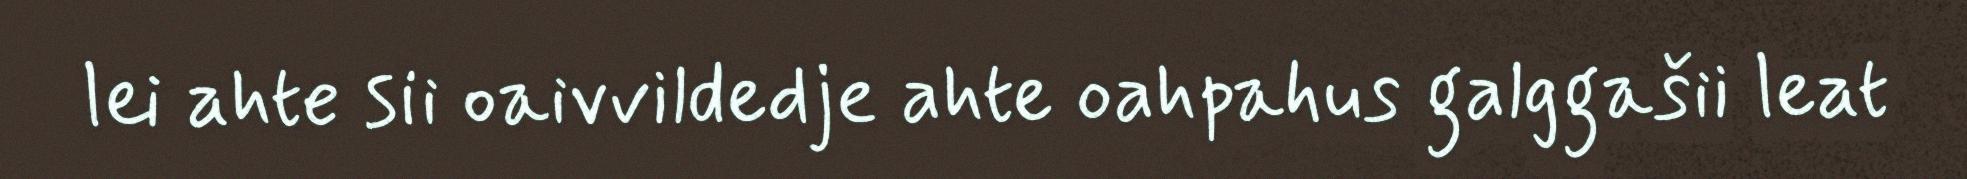
lei ahte sii oaivvildedje ahte oahpahus galggašii leat